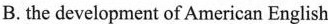
B. the development of American English